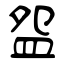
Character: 盌